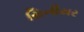
સિનીયર